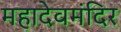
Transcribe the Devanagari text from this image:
महादेवमंदिर